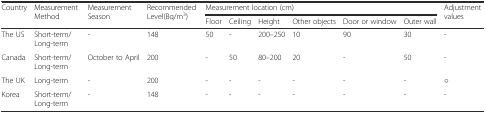
<table><thead><tr><td rowspan="2"><b>Country</b></td><td rowspan="2"><b>Measurement Method</b></td><td rowspan="2"><b>Measurement Season</b></td><td rowspan="2"><b>Recommended Level(Bq/m<sup>3</sup>)</b></td><td colspan="6"><b>Measurement location (cm)</b></td><td rowspan="2"><b>Adjustment values</b></td></tr><tr><td><b>Floor</b></td><td><b>Ceiling</b></td><td><b>Height</b></td><td><b>Other objects</b></td><td><b>Door or window</b></td><td><b>Outer wall</b></td></tr></thead><tbody><tr><td>The US</td><td>Short-term/Long-term</td><td>-</td><td>148</td><td>50</td><td>-</td><td>200–250</td><td>10</td><td>90</td><td>30</td><td>-</td></tr><tr><td>Canada</td><td>Short-term/Long-term</td><td>October to April</td><td>200</td><td>-</td><td>50</td><td>80–200</td><td>20</td><td>-</td><td>50</td><td>-</td></tr><tr><td>The UK</td><td>Long-term</td><td>-</td><td>200</td><td>-</td><td>-</td><td>-</td><td>-</td><td>-</td><td>-</td><td>○</td></tr><tr><td>Korea</td><td>Short-term/Long-term</td><td>-</td><td>148</td><td>-</td><td>-</td><td>-</td><td>-</td><td>-</td><td>-</td><td>-</td></tr></tbody></table>